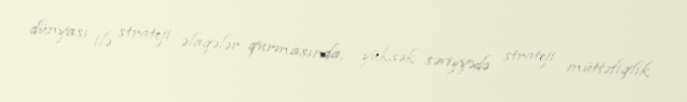
dünyası ilə strateji əlaqələr qurmasında, yüksək səviyyədə strateji müttəfiqlik